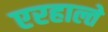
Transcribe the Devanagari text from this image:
एरहाल्ते